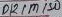
Text: D12